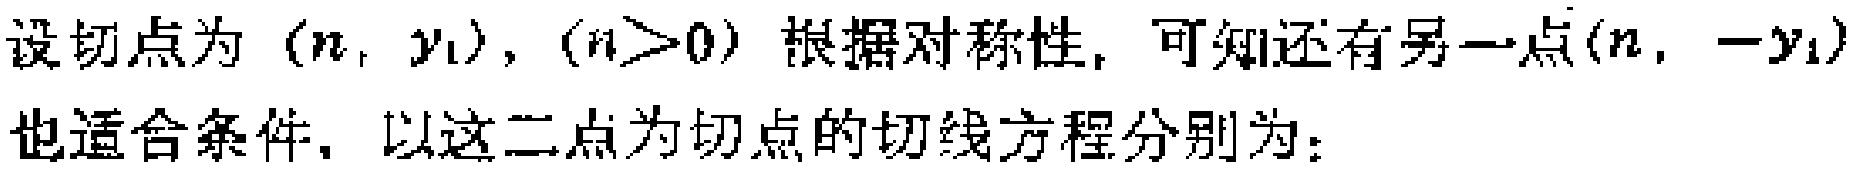
设切点为\((n, y_{1})\)，\((n > 0)\)根据对称性，可知还有另一点\((n, -y_{1})\)也适合条件，以这二点为切点的切线方程分别为：